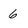
Character: 6